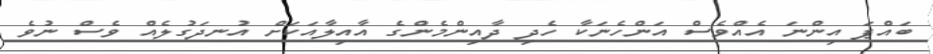
ބައްޕަ އިންނަ އެއްވެސް އަންހެނަކާ ހެދި ދާއިންމެންގެ އާއިލާއަކަށް އުނދަގުލެއް ވެސް ނުވެ